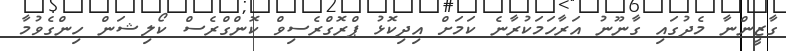
ގާޒީންނާ މެދުގައި ގާނޫނު އަރާހަމަކުރާނެ ކަމަށް އިދިކޮޅު ޕްރޮގްރެސިވް ކޮންގްރެސް ކޯލިޝަން ހިންގެވުމާ